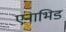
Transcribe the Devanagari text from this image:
एनाभिड